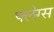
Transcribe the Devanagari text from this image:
फ्लेग्स